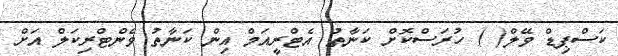
ކަސްޕިޑް ވޭލް( ) ހުރަސްކޮށް ކަނާތު އެޓްރީއަމް އިން ކަނާތު ވެންޓްރިކަލް އަށް